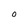
Character: O